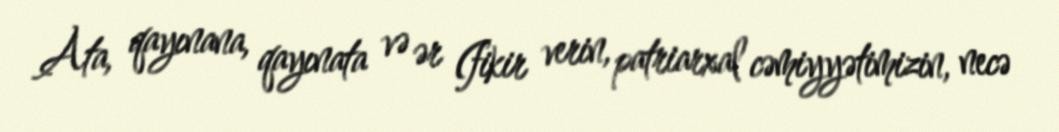
Ata, qayınana, qayınata və ər (fikir verin, patriarxal cəmiyyətimizin, necə